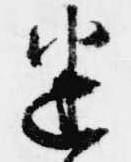
迷